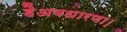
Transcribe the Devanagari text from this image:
हैअवधारणा।